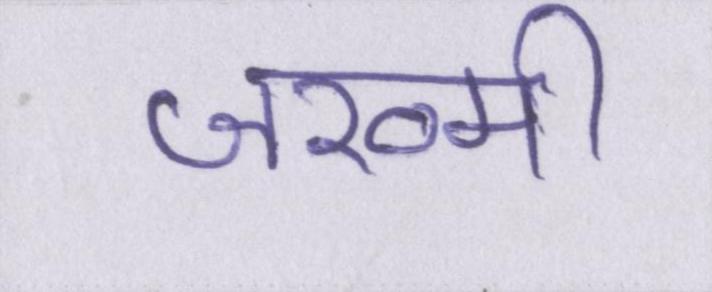
जख्मी